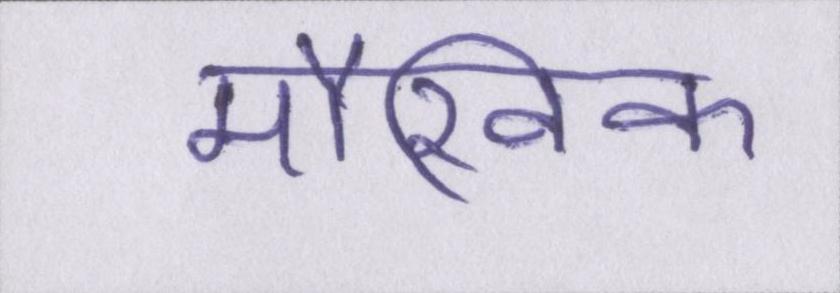
मौखिक